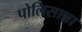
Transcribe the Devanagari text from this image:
पोलिसान्ना